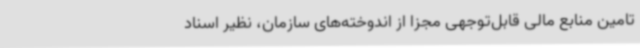
تامین منابع مالی قابل‌توجهی مجزا از اندوخته‌های سازمان، نظیر اسناد